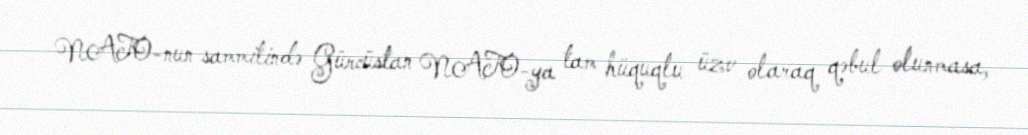
NATO-nun sammitində Gürcüstan NATO-ya tam hüquqlu üzv olaraq qəbul olunmasa,